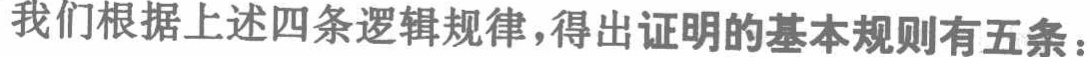
我们根据上述四条逻辑规律，得出证明的基本规则有五条：